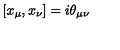
\left[ x _ { \mu } , x _ { \nu } \right] = i \theta _ { \mu \nu }